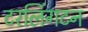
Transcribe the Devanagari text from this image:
टरलिंगटन